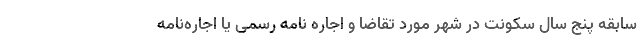
سابقه پنج سال سکونت در شهر مورد تقاضا و اجاره نامه رسمی یا اجاره‌نامه